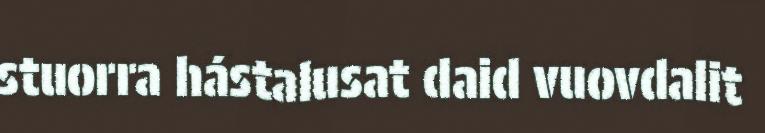
stuorra hástalusat daid vuovdalit